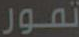
تمور